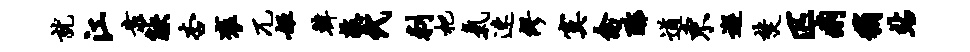
就江靠觖杏褒兀姬韩敲代刺杷气速缪寞禽酢遒东邂焚匹痢稍站